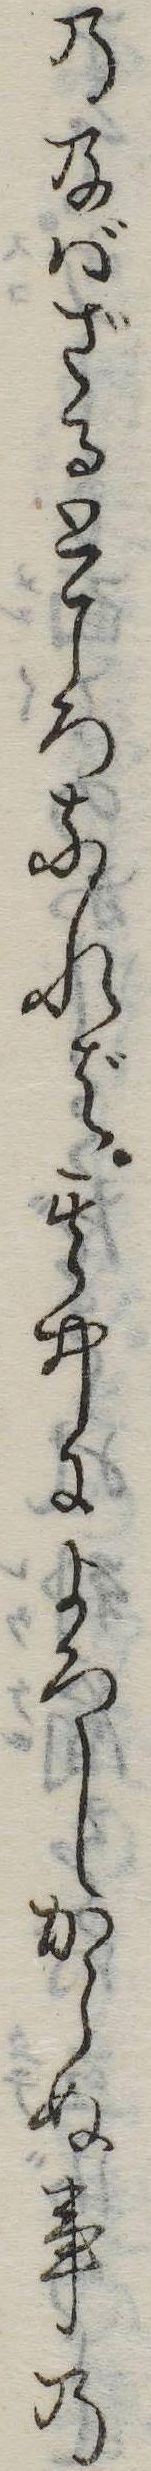
の及ばざるところなれば其中によろしからぬ事の